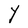
Character: Y